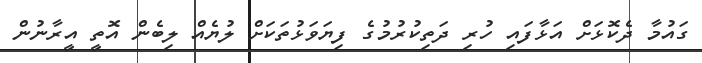
ގައުމާ ދެކޮޅަށް އަޅާފައި ހުރި ދަތިކުރުމުގެ ފިޔަވަޅުތަކަށް ލުޔެއް ލިބެން އޮތީ އީރާނުން